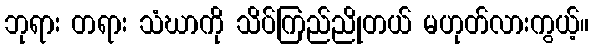
ဘုရား တရား သံဃာကို သိပ်ကြည်ညိုတယ် မဟုတ်လားကွယ့်။